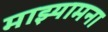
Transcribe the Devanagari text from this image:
माझ्यामना